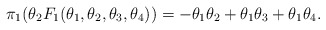
\begin{align*}\pi_1(\theta_2 F_{1}(\theta_1, \theta_2, \theta_3, \theta_4)) =-\theta_1 \theta_2 + \theta_1 \theta_3 + \theta_1 \theta_4.\end{align*}